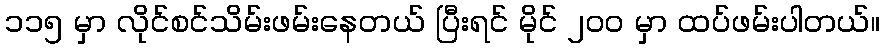
၁၁၅ မှာ လိုင်စင်သိမ်းဖမ်းနေတယ် ပြီးရင် မိုင် ၂၀၀ မှာ ထပ်ဖမ်းပါတယ်။